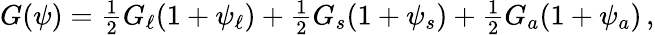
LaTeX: \begin{array}{r}{G(\psi)=\frac 12G_{\ell}(1+\psi_{\ell})+\frac 12G_{s}(1+\psi_{s})+\frac 12G_{a}(1+\psi_{a})\, ,}\end{array}